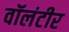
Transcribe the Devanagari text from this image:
वॉलंटीर